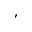
,